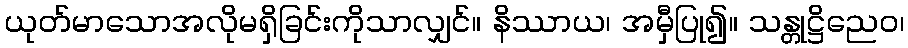
ယုတ်မာသောအလိုမရှိခြင်းကိုသာလျှင်။ နိဿာယ၊ အမှီပြု၍။ သန္တုဋ္ဌိညေဝ၊